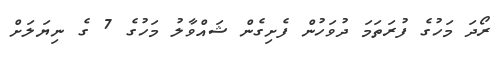
ރޯދަ މަހުގެ ފުރަތަމަ ދުވަހުން ފެށިގެން ޝައްވާލު މަހުގެ 7 ގެ ނިޔަލަށް